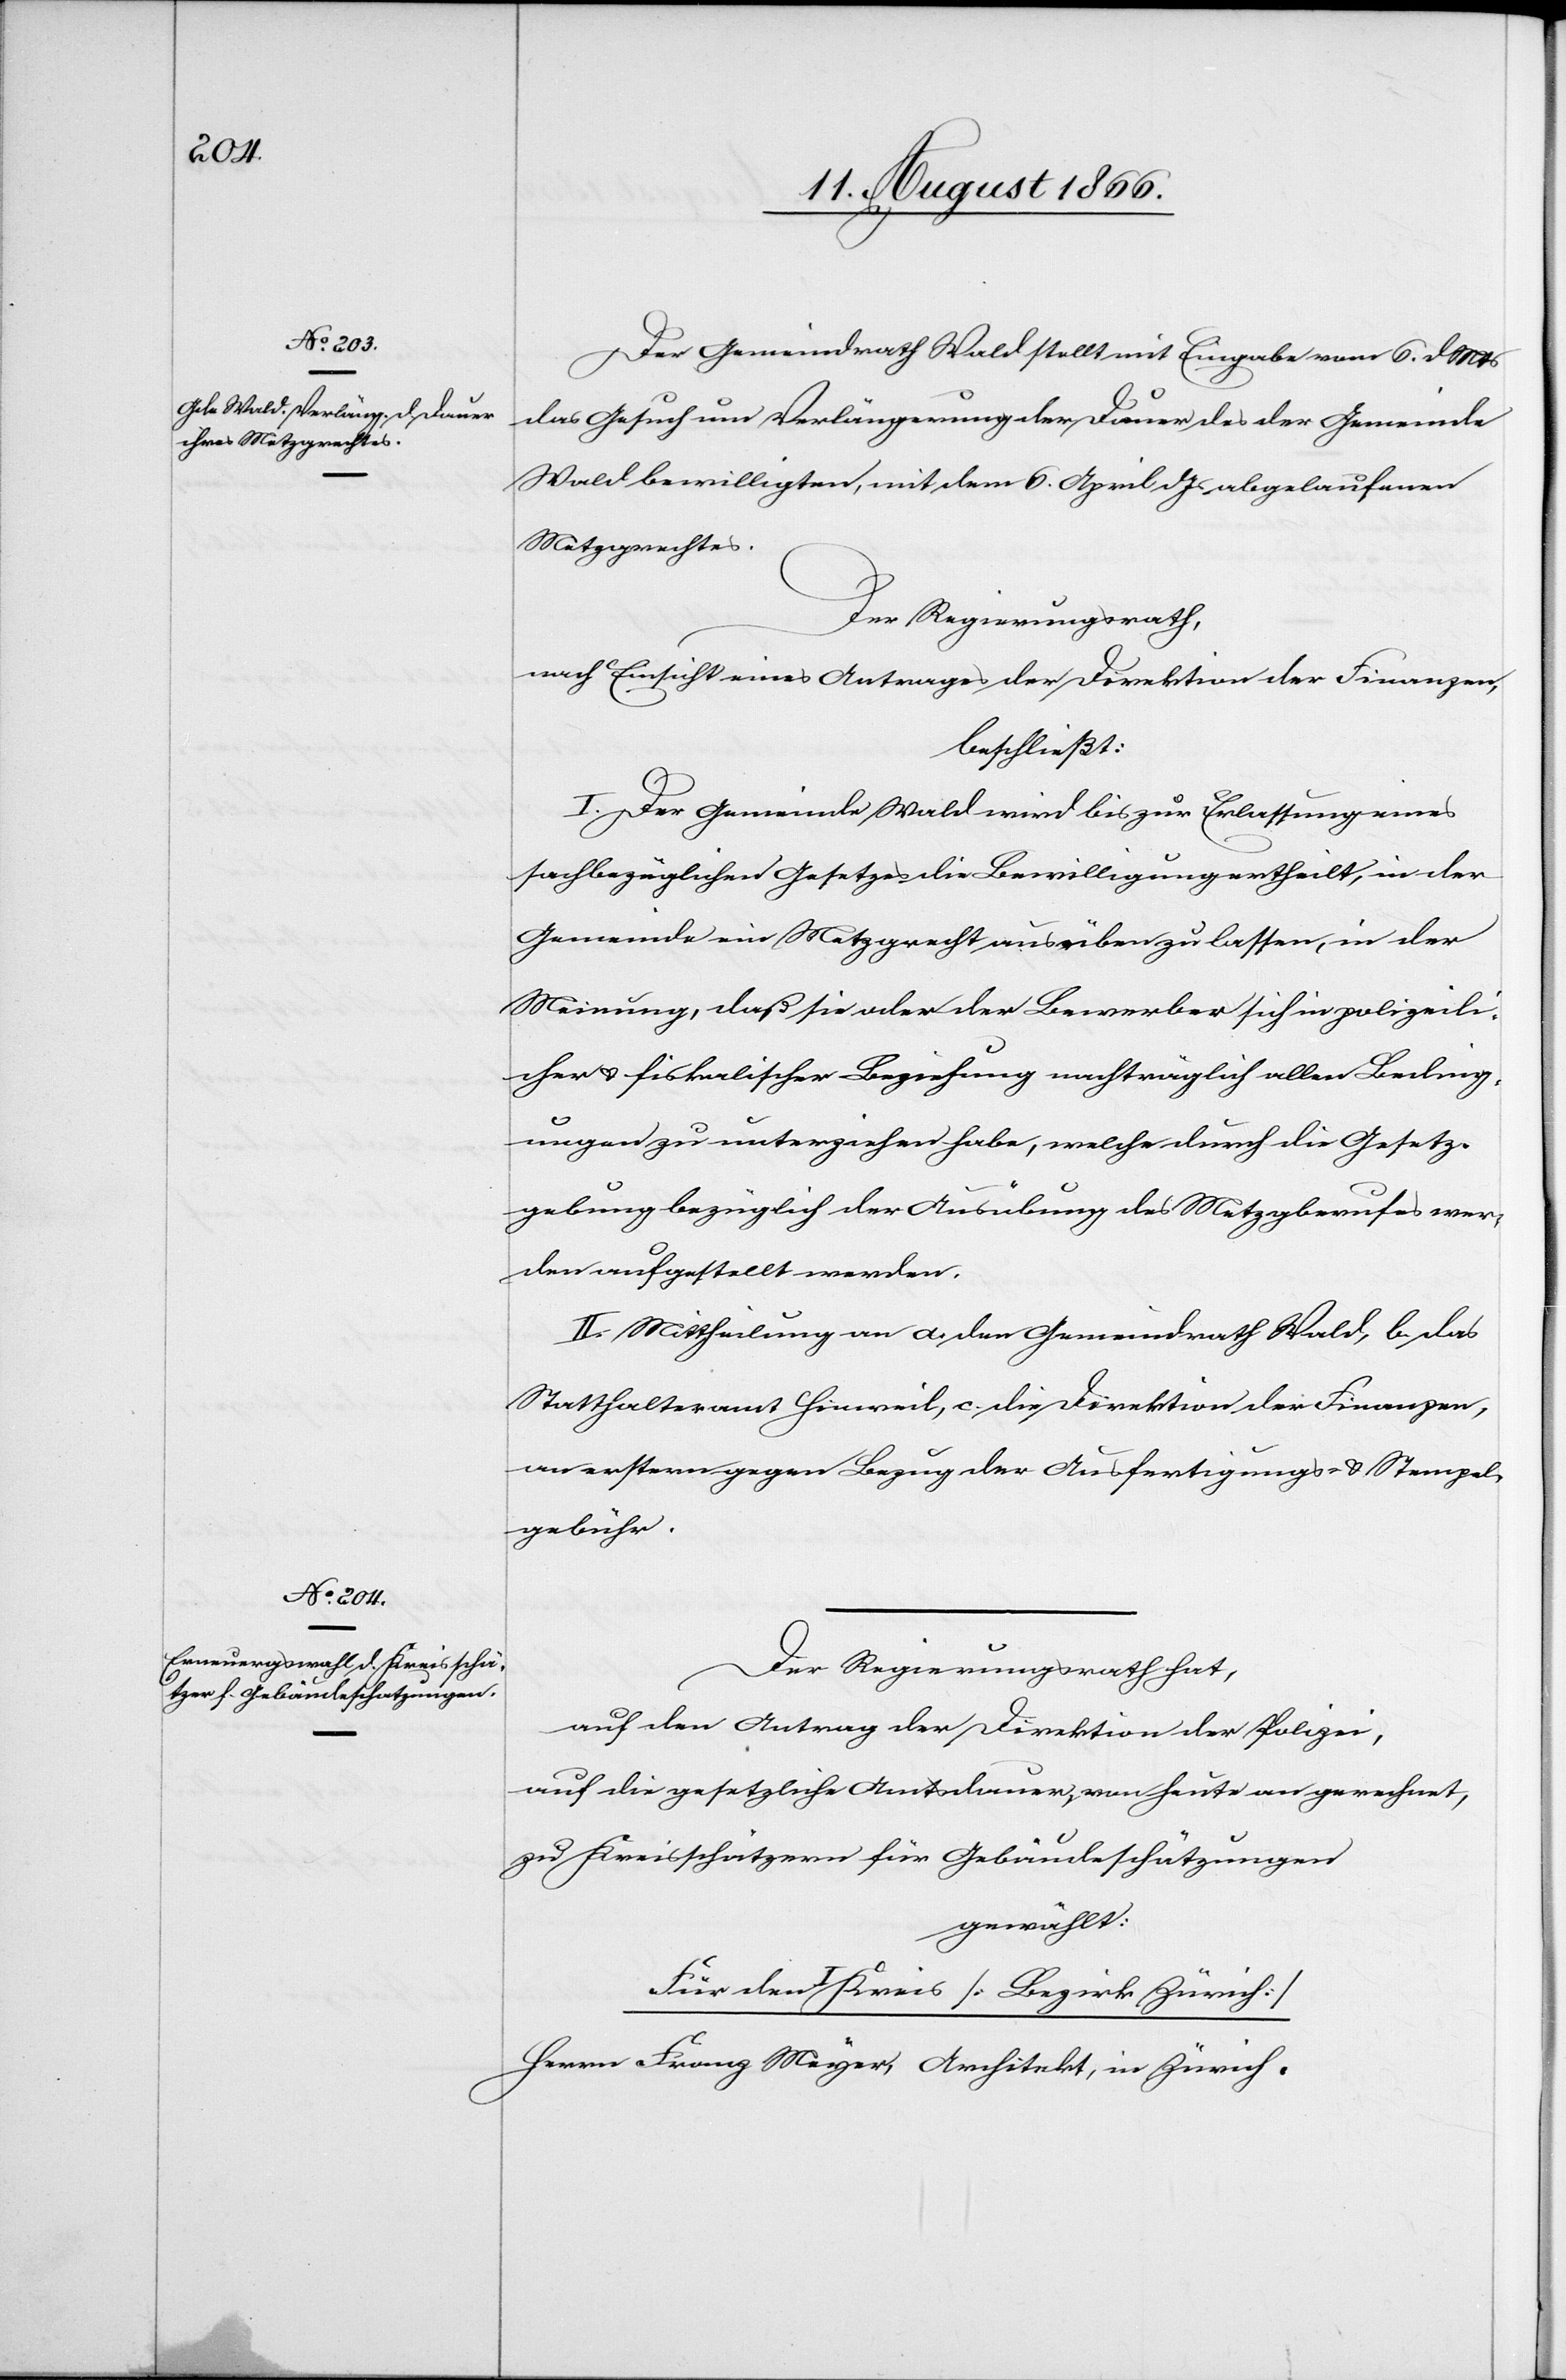
Der Gemeindrath Wald stellt mit Eingabe vom 6. dMts
das Gesuch um Verlängerung der Dauer des der Gemeinde
Wald bewilligten, mit dem 6. April dJs abgelaufenen
Metzgrechtes.
Der Regierungsrath,
nach Einsicht eines Antrages der Direktion der Finanzen,
beschließt:
I. Der Gemeinde Wald wird bis zur Erlassung eines
sachbezüglichen Gesetzes die Bewilligung ertheilt, in der
Gemeinde ein Metzgrecht ausüben zu lassen, in der
Meinung, daß sie oder der Bewerber sich in polizeili¬
cher u. fiskalischer Beziehung nachträglich allen Beding¬
ungen zu unterziehen habe, welche durch die Gesetz¬
gebung bezüglich der Ausübung des Metzgberufes wer¬
den aufgestellt werden.
II. Mittheilung an a. den Gemeindrath Wald, b. das
Statthalteramt Hinweil, c. die Direktion der Finanzen,
an erstern gegen Bezug der Ausfertigungs- u. Stempel¬
gebühr.
Der Regierungsrath hat,
auf den Antrag der Direktion der Polizei,
auf die gesetzliche Amtsdauer von heute an gerechnet,
zu Kreisschätzern für Gebäudeschätzungen,
gewählt:
Für den I Kreis [Bezirk Zürich]
Herrn Franz Meyer, Architekt, in Zürich.